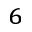
^ { 6 }